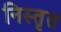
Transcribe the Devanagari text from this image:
निस्तृत